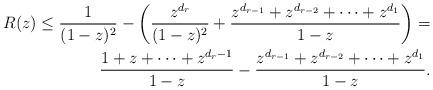
LaTeX: \begin{align*}R(z) \leq \frac{1}{(1-z)^2} - \left(\frac{z^{d_r}}{(1-z)^2} + \frac{z^{d_{r-1}} + z^{d_{r-2}} + \cdots + z^{d_1}}{1-z}\right)= \\\frac{1 + z + \cdots + z^{d_r-1}}{1-z} - \frac{z^{d_{r-1}} + z^{d_{r-2}} + \cdots + z^{d_1}}{1-z}.\end{align*}